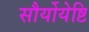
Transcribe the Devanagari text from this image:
सौर्योयेष्टि